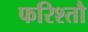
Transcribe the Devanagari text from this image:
फरिश्तौ